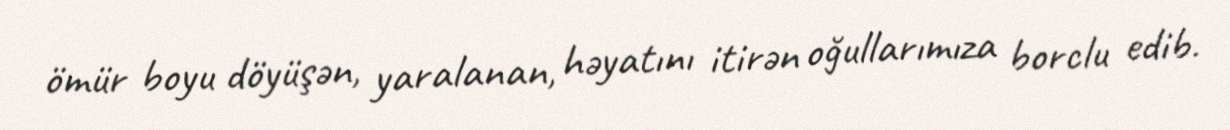
ömür boyu döyüşən, yaralanan, həyatını itirən oğullarımıza borclu edib.